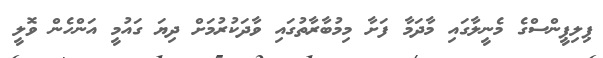
ޕިލިޕީންސްގެ މެނީލާގައި މާދަމާ ފަށާ މިމުބާރާތުގައި ވާދަކުރުމަށް ދިޔަ ގައުމީ އަންހެން ވޮލީ